Civil Veterinary Dept. Bombay admin report 1907-1913 - 1907-1913
Year: 1907
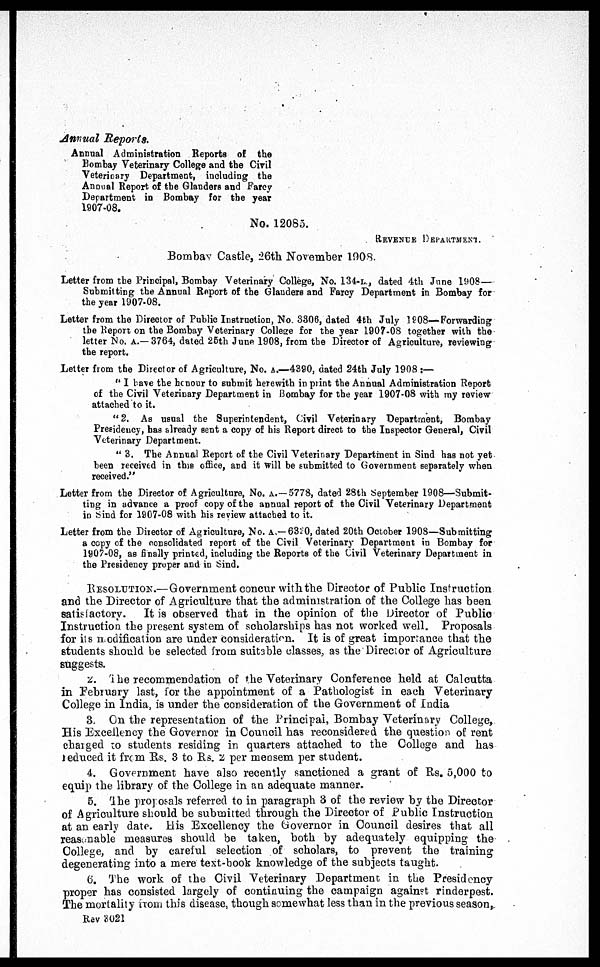
Annual Reports.
Annual Administration Reports of the
Bombay Veterinary College and the Civil
Veterinary Department, including the
Annual Report of the Glanders and Farcy
Department in Bombay for the year
1907-08.
No. 12085.
REVENUE DEPARTMENT.Bombay Castle, 26th November 1908.
Letter from the Principal, Bombay Veterinary College, No. 134-l., dated 4th June 1908—
Submitting the Annual Report of the Glanders and Farcy Department in Bombay for
the year 1907-08.
Letter from the Director of Public Instruction, No. 3806, dated 4th July 1908—Forwarding
the Report on the Bombay Veterinary College for the year 1907-08 together with the
letter No. a.—3764, dated 25th June 1908, from the Director of Agriculture, reviewing
the report.
Letter from the Director of Agriculture, No. a.—4380, dated 24th July 1908:—
" 1 have the honour to submit herewith in print the Annual Administration Report
of the Civil Veterinary Department in Bombay for the year 1907-08 with my review
attached to it.
"2. As usual the Superintendent, Civil Veterinary Department, Bombay
Presidency, has already sent a copy of his Report direct to the Inspector General, Civil
Veterinary Department.
" 3. The Annual Report of the Civil Veterinary Department in Sind has not yet
been received in this office, and it will be submitted to Government separately when
received."
Letter from the Director of Agriculture, No. a.—5778, dated 28th September 1908—Submit-
ting in advance a proof copy of the annual report of the Civil Veterinary Department
in Sind for 1907-08 with his review attached to it.
Letter from the Director of Agriculture, No. a.—6320, dated 20th October 1908—Submitting
a copy of the consolidated report of the Civil Veterinary Department in Bombay for
1907-08, as finally printed, including the Reports of the Civil Veterinary Department in
the Presidency proper and in Sind.
Resolution.—Government concur with the Director of Public Instruction
and the Director of Agriculture that the administration of the College has been
satisfactory.
It is observed that in the opinion of the Director of Public
Instruction the present system of scholarships has not worked well. Proposals
for its modification are under consideration. It is of great importance that the
students should be selected from suitable classes, as the Director of Agriculture
suggests.
2. The recommendation of the Veterinary Conference held at Calcutta
in February last, for the appointment of a Pathologist in each Veterinary
College in India, is under the consideration of the Government of India
3. On the representation of the Principal, Bombay Veterinary College,
His Excellency the Governor in Council has reconsidered the question of rent
charged to students residing in quarters attached to the Collage and has
reduced it from Rs. 3 to Rs. 2 per mensem per student.
4. Government have also recently sanctioned a grant of Rs. 5,000 to
equip the library of the College in an adequate manner.
5. The proposals referred to in paragraph -3 of the review by the Director
of Agriculture should be submitted through the Director of Public Instruction
at an early date. His Excellency the Governor in Council desires that all
reasonable measures should be taken, both by adequately equipping the
College, and by careful selection of scholars, to prevent the training
degenerating into a mere test-book knowledge of the subjects taught.
6. The work of the Civil Veterinary Department in the Presidency
proper has consisted largely of continuing the campaign against rinderpest.
The mortality from this disease, though somewhat less than in the previous season,
Rev 3021